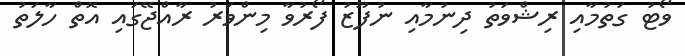
ވޯޓު ގަތުމާއި ރިޝްވަތު ދިނުމާއި ނުފޫޒު ފޯރުވާ މިންވަރު ރާއްޖޭގައި އޮތް ހާލަތު